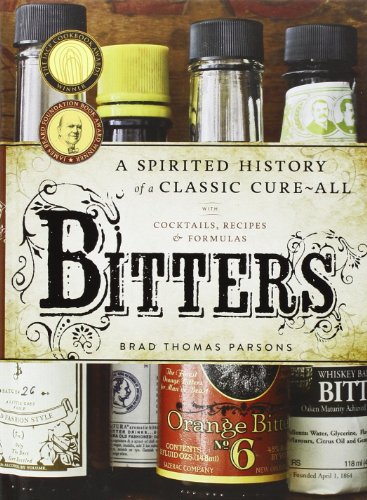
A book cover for Bitters: A Spirited History of a Classic Cure-All, with Cocktails, Recipes, and Formulas; Brad Thomas Parsons; Cookbooks, Food & Wine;